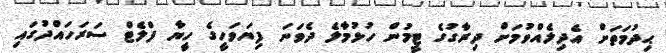
ޙިދުމަތަށް އެދިލެއްވުމަށް ދިރާގުގެ ޓީމުން ހުޅުމާލެ ދެވަނަ ފިޔަވަހީގެ ހީޔާ ފްލެޓް ސަރަހައްދުގައި